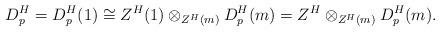
LaTeX: \begin{align*} D_p^H=D_p^H(1) \cong Z^H(1)\otimes_{Z^H(m)}D_p^H(m)=Z^H \otimes_{Z^H(m)}D_p^H(m).\end{align*}